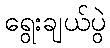
ရွေးချယ်ပွဲ